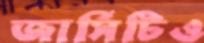
জার্সিটিও